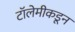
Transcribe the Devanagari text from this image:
टॉलेमीकडून